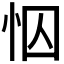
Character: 𢘄